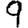
Digit: 9